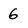
Character: 6